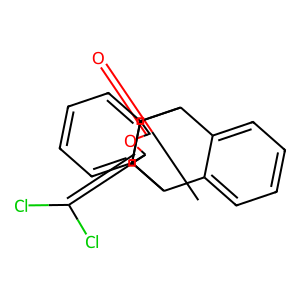
SMILES: O=C1OC(=C(Cl)Cl)C2C3c4ccccc4C(c4ccccc43)C12
Inhibits HIV replication: No